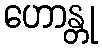
ဟောန္တု